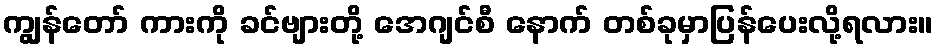
ကျွန်တော် ကားကို ခင်ဗျားတို့ အေဂျင်စီ နောက် တစ်ခုမှာပြန်ပေးလို့ရလား။